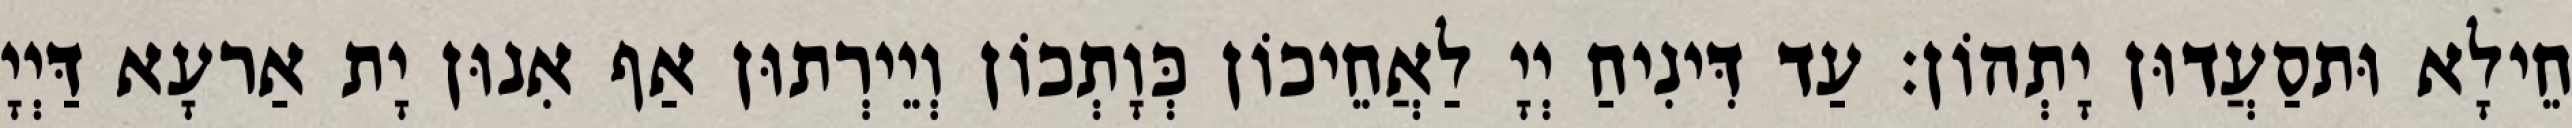
חֵילָא וּתסַעֲדוּן יָתְהוֹן׃ עַד דִּינִיחַ יְיָ לַאֲחֵיכוֹן כְּוָתְכוֹן וְיֵירְתוּן אַף אִנוּן יָת אַרעָא דַּיְיָ